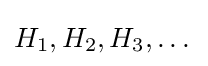
H_{1},H_{2},H_{3},\dots